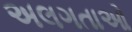
અલગતાઓ